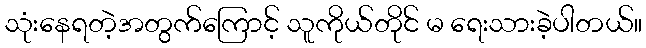
သုံးနေရတဲ့အတွက်ကြောင့် သူကိုယ်တိုင် မ ရေးသားခဲ့ပါတယ်။